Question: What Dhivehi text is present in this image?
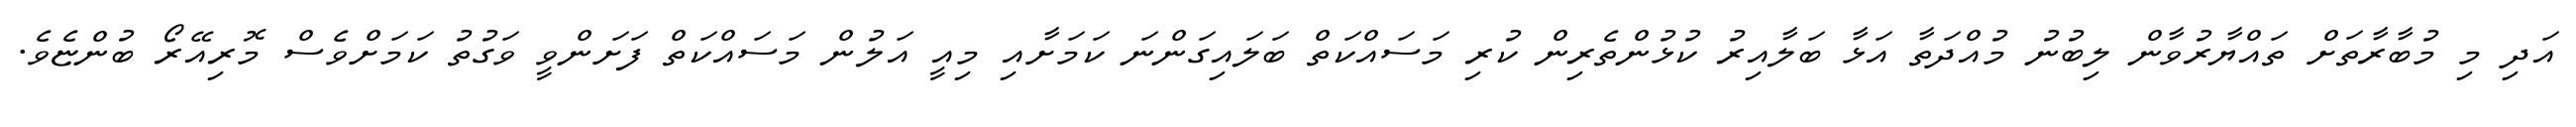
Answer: އަދި މި މުބާރާތަށް ތައްޔާރުވާން ލިބުނު މުއްދަތާ އަޅާ ބަލާއިރު ކުޅުންތެރިން ކުރި މަސައްކަތް ބަލައިގަންނަ ކަމަށާއި މިއީ އަލުން މަސައްކަތް ފަށަންވީ ވަގުތު ކަމަށްވެސް މޮރިއޭރޯ ބުންޏެވެ.